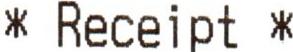
* RECEIPT *